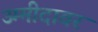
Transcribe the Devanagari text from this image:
उम्मीदावर